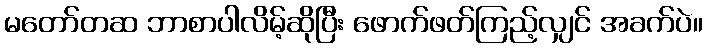
မတော်တဆ ဘာစာပါလိမ့်ဆိုပြီး ဖောက်ဖတ်ကြည့်လျှင် အခက်ပဲ။